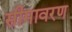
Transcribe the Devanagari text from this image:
सीमावरण